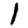
Digit: 1